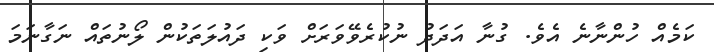
ކަމެއް ހުންނާނެ އެވެ. ގުނާ އަދަދު ނުކުރެވޭވަރަށް ވަކި ދައުލަތަކުން ލޯނުތައް ނަގާނަމަ